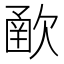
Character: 𣣻